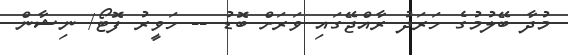
މުދާ ބޭލުމުގެ ހަރަދު ރާއްޖޭގައި ވަރަށް ބޮޑު -- ހަވީރު ފޮޓޯ/ ނިޝާން